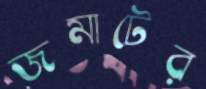
জমাটের